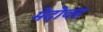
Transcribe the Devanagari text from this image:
मेदोवह